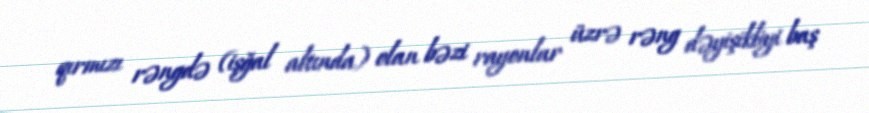
qırmızı rəngdə (işğal altında) olan bəzi rayonlar üzrə rəng dəyişikliyi baş